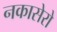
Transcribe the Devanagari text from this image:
नकासेरो